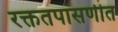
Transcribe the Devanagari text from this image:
रक्ततपासणीत